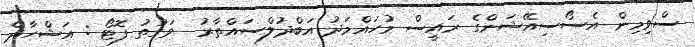
ސްވިމިން އެސޯސިއޭޝަންގެ ރައީސް މުހައްމަދު އަބްދުލްސައްތާރު  ވަގުތު ފޮޓޯ : އަޝްހާދް